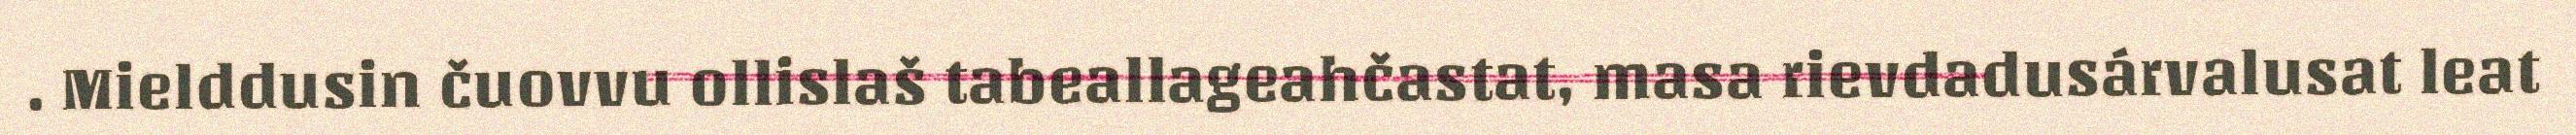
. Mielddusin čuovvu ollislaš tabeallageahčastat, masa rievdadusárvalusat leat